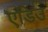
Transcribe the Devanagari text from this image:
एडिउ